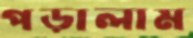
পড়ালাম